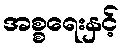
အစ္စရေးနှင့်